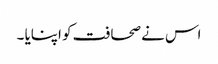
اس نے صحافت کو اپنایا ۔